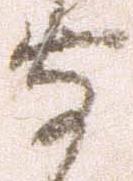
守